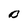
Character: B